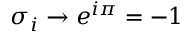
\sigma _ { i } \rightarrow e ^ { i \pi } = - 1